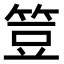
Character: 䇺